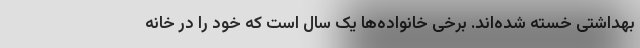
بهداشتی خسته شده‌اند. برخی خانواده‌ها یک سال است که خود را در خانه